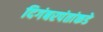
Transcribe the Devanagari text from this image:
दिगंबरपंतांकडे